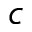
c